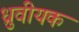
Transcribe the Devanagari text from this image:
ध्रुवीयक